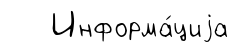
Информа́циjа